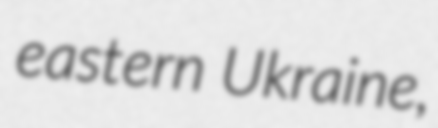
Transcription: eastern Ukraine,